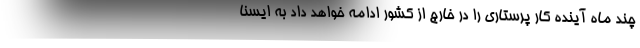
چند ماه آینده کار پرستاری را در خارج از کشور ادامه خواهد داد به ایسنا